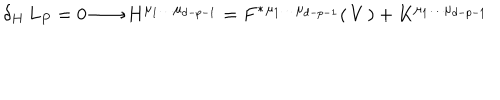
\delta _ { H } \, L _ { P } = 0 \longrightarrow H ^ { \mu _ { 1 } \dots \mu _ { d - p - 1 } } = F ^ { * } { } ^ { \mu _ { 1 } \dots \mu _ { d - p - 1 } } ( \, V \, ) + K ^ { \mu _ { 1 } \dots \mu _ { d - p - 1 } }